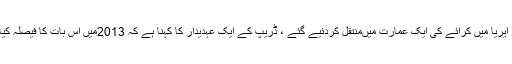
خالی کروانے کے دبائو کے تحت کچھ ڈریپ دفاتر بلیو ایریا میں کرائے کی ایک عمارت میںمنتقل کردئیے گئے ، ڈریپ کے ایک عہدیدار کا کہنا ہے کہ 2013میں اس بات کا فیصلہ کیا گیا کہ تمام دفاتر ایک ہی بلڈنگ میں منتقل کیے جائیں۔